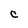
Character: c